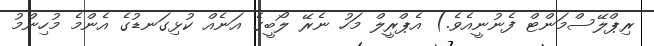
ރިޕްލޭސްމަންޓް ފެނުނީއެވެ.) އެޕްރީލް މަހު ނެރޭ ލޯބީގެ އަނެއް ކުޅިގަނޑުގެ އެންމެ މުހިންމު